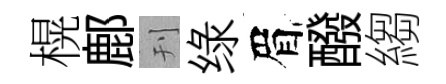
榥鄜刊绿眉醱縐